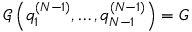
\mathcal { G } \left( q _ { 1 } ^ { ( N - 1 ) } , \dots , q _ { N - 1 } ^ { ( N - 1 ) } \right) = G